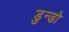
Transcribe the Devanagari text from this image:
डुन्डो